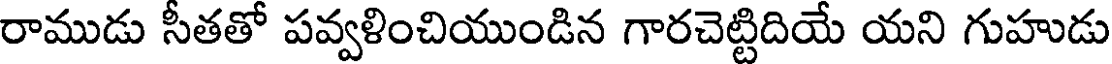
రాముడు సీతతో పవ్వళించియుండిన గారచెట్టిదియే యని గుహుడు